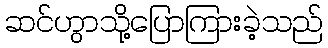
ဆင်ဟွာသို့ပြောကြားခဲ့သည်